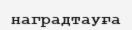
наградтауға